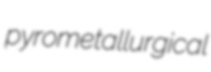
pyrometallurgical